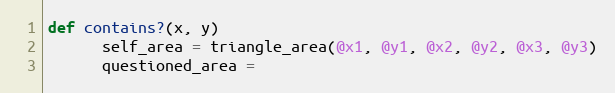
Language: Ruby
def contains?(x, y)
      self_area = triangle_area(@x1, @y1, @x2, @y2, @x3, @y3)
      questioned_area =